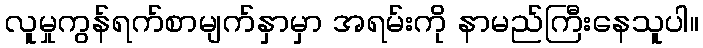
လူမှုကွန်ရက်စာမျက်နှာမှာ အရမ်းကို နာမည်ကြီးနေသူပါ။